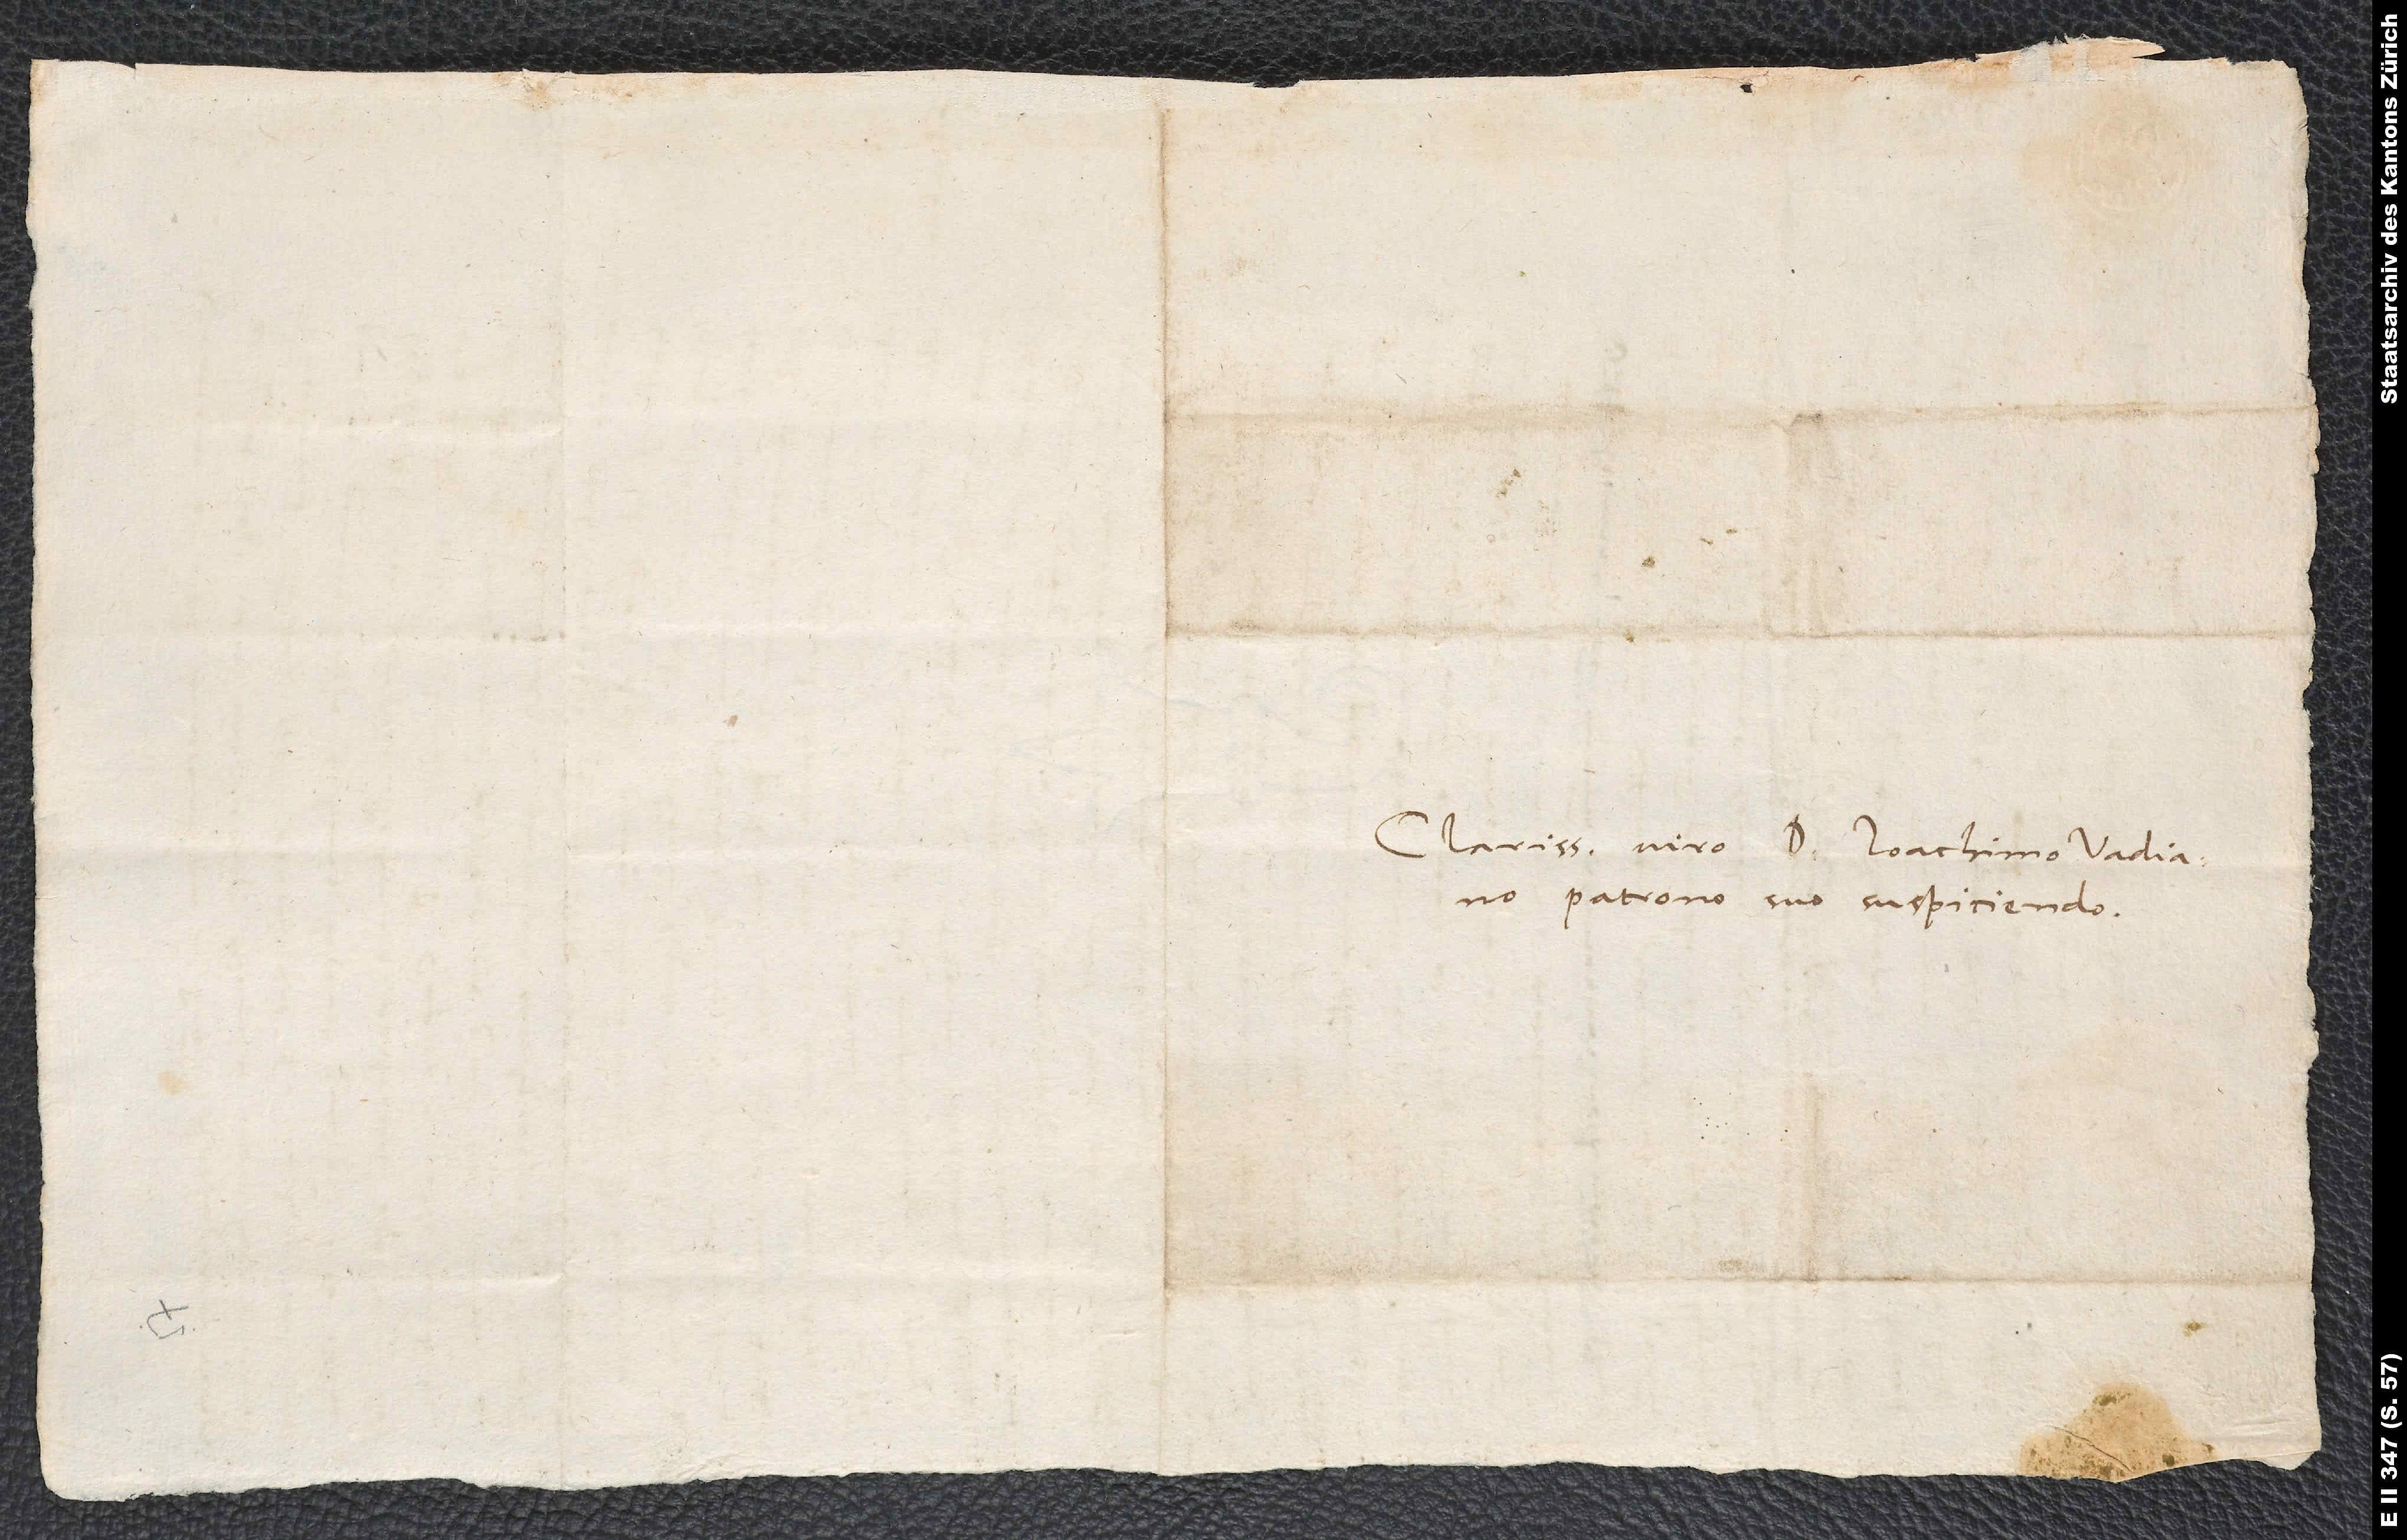
Clarissimo viro doctori Ioachimo Vadiano,
patrono suo suspiciendo.